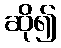
ဆို၍